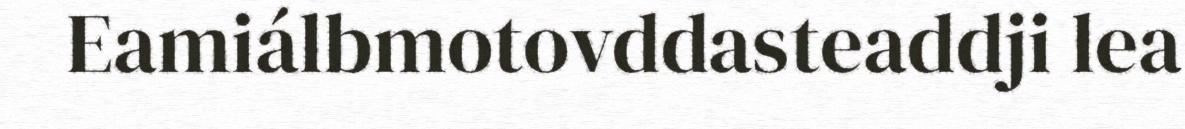
Eamiálbmotovddasteaddji lea